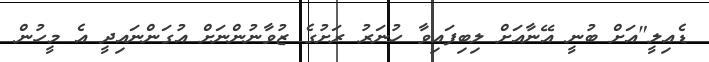
ޑެއިލީ"އަށް ބުނީ އޭނާއަށް ލިބިފައިވާ ހުނަރު ރަށުގެ ޒުވާނުންނަށް އުގަންނައިދީ އެ މީހުން